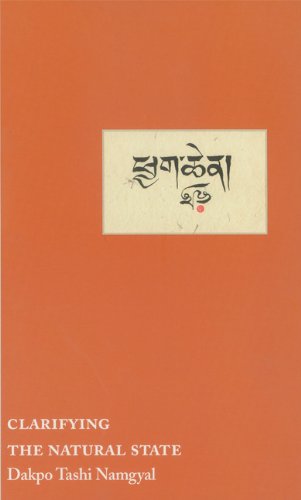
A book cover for Clarifying the Natural State: A Principal Guidance Manual for Mahamudra; Dakpo Tashi Namgyal; Religion & Spirituality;